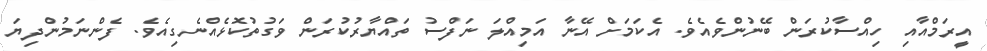
އީރަމްއާއި ހިއްސާކުރަން ބޭނުންވެއެވެ. އެކަމަށް އޭނާ އަމިއްލަ ނަފްސު ތައްޔާރުކުރަން ވަގުތުކޮޅެއްނެގިއެވެ. ފެންނަމުންދިޔަ